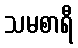
သမစာရီ